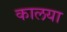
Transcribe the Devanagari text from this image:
कालया